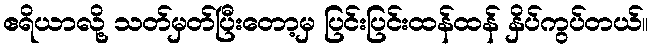
ဧရိယာလို့ သတ်မှတ်ပြီးတော့မှ ပြင်းပြင်းထန်ထန် နှိပ်ကွပ်တယ်။